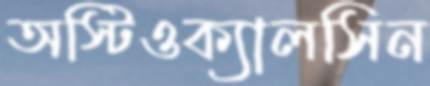
অস্টিওক্যালসিন